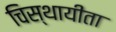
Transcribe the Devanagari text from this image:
चिस्थायीता